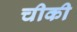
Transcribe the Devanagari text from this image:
चीकी